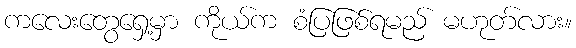
ကလေးတွေရှေ့မှာ ကိုယ်က စံပြဖြစ်ရမည် မဟုတ်လား။